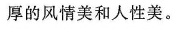
厚的风情美和人性美。